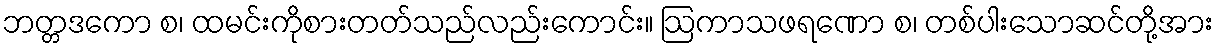
ဘတ္တဒကော စ၊ ထမင်းကိုစားတတ်သည်လည်းကောင်း။ ဩကာသဖရဏော စ၊ တစ်ပါးသောဆင်တို့အား